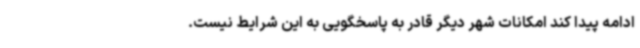
ادامه پیدا کند امکانات شهر دیگر قادر به پاسخگویی به این شرایط نیست.